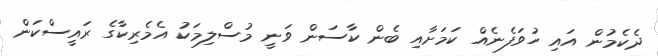
ދެކެމުން އައި ހުވަފެނެއް ކަމަށާއި ބެން ކާސަން ވަނީ މުސްލިމަކު އެމެރިކާގެ ރައީސްކަން